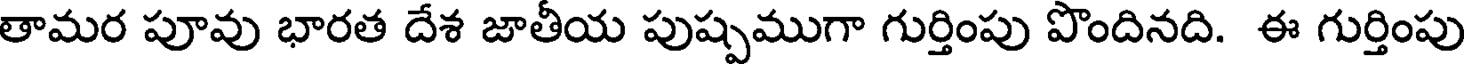
తామర పూవు భారత దేశ జాతీయ పుష్పముగా గుర్తింపు పొందినది. ఈ గుర్తింపు